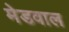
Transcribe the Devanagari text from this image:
मेडवाल